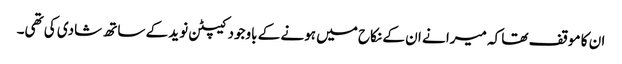
ان کا موقف تھا کہ میرا نے ان کے نکاح میں ہونے کے باوجود کیپٹن نوید کے ساتھ شادی کی تھی۔